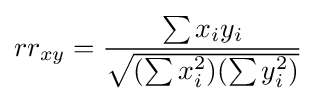
rr_{xy}={\frac {\sum x_{i}y_{i}}{\sqrt {(\sum x_{i}^{2})(\sum y_{i}^{2})}}}